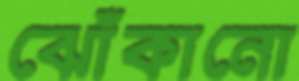
ঝোঁকানো